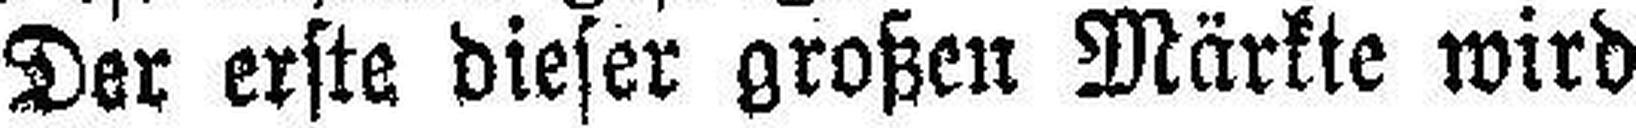
Der erste dieser großen Märkte wird